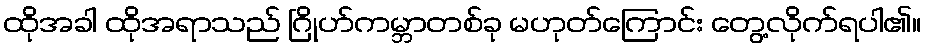
ထိုအခါ ထိုအရာသည် ဂြိုဟ်ကမ္ဘာတစ်ခု မဟုတ်ကြောင်း တွေ့လိုက်ရပါ၏။